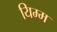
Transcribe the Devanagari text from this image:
यिम्म